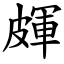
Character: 皹